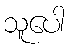
သူပေါ